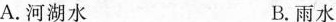
A.河湖水 B.雨水